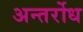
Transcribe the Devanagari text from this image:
अन्तर्रोध